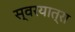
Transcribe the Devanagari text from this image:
स्वरयात्रा